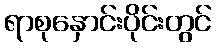
ရာစုနှောင်းပိုင်းတွင်